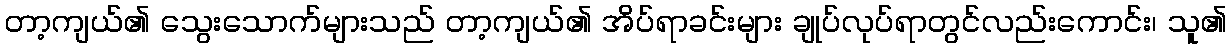
တာ့ကျယ်၏ သွေးသောက်များသည် တာ့ကျယ်၏ အိပ်ရာခင်းများ ချုပ်လုပ်ရာတွင်လည်းကောင်း၊ သူ၏